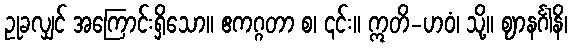
ဥုခလျှင် အကြောင်းရှိသော။ ဧကဂ္ဂတာ စ၊ ၎င်း။ ဣတိ-ဟဝံ၊ သို့။ ဈာနင်္ဂါနိ၊